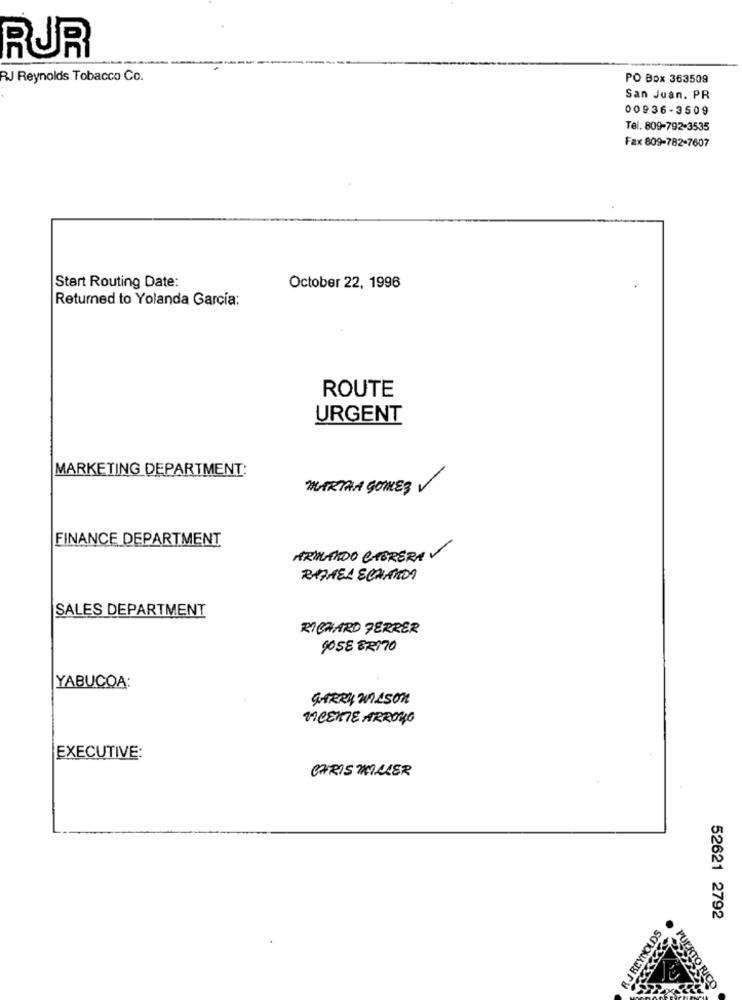
RUR
RJ Reynolds Tobacco Co.
PO Box 363509
San Juan. PR
00936-3509
Tel. 809-792-3535
Fax 809-782-7607
Start Routing Date:
October 22, 1996
Returned to Yolanda García:
ROUTE
URGENT
MARKETING DEPARTMENT:
MARTHA GOMES V
FINANCE DEPARTMENT
ARMANDO CHERERAV
SALES DEPARTMENT
RICHARD FERRER
9058 BR170
YABUCOA:
SteRy Wilson
VICENTE ARROYO
EXECUTIVE:
CHRIS MILLER
52621 2792
R J REYNOLDS
PUERTO RICO